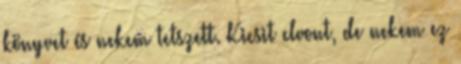
könyvet és nekem tetszett. Kicsit elvont, de nekem ez